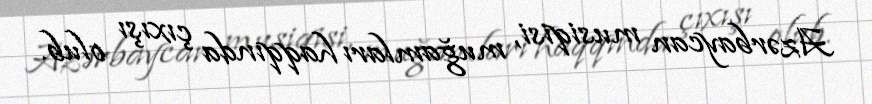
Azərbaycan musiqisi, muğamları haqqında çıxışı olub.